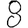
Digit: 8